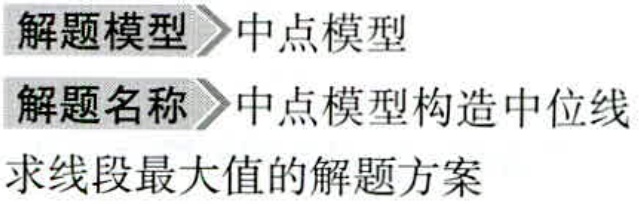
解题模型 \(\rhd\) 中点模型

解题名称 \(\rhd\) 中点模型构造中位线

求线段最大值的解题方案